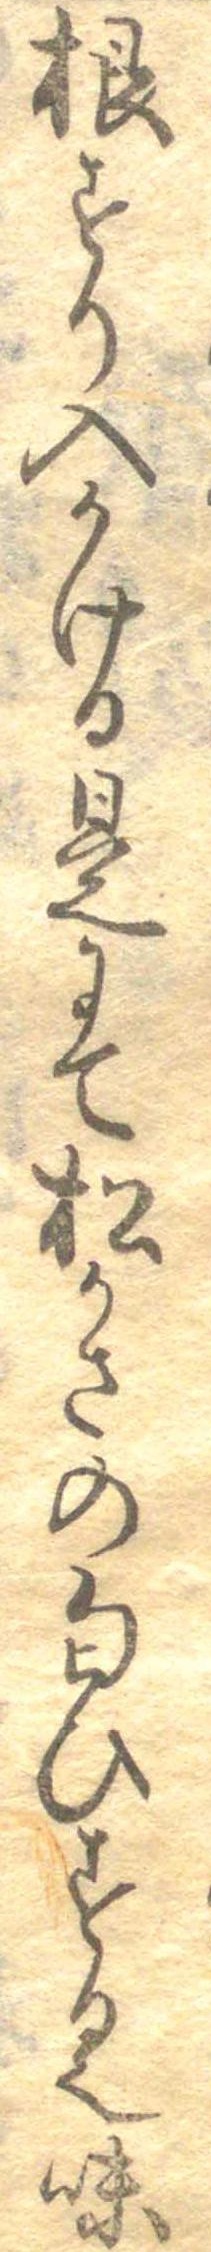
根すり入かける是にて松かさの匂ひする也味